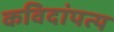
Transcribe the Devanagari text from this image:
कविदांपत्य